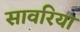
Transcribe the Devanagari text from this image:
सावरिया